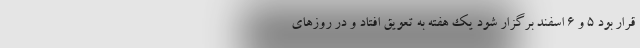
قرار بود ۵ و ۶ اسفند برگزار شود یک هفته به تعویق افتاد و در روزهای